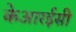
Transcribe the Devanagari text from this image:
केआरईसी